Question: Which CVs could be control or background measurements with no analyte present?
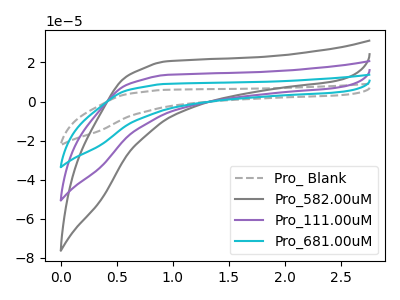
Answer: <think>The gray dashed curve "Pro_ Blank" has no peaks. The gray curve "Pro_582.00uM" has no peaks. The purple curve "Pro_111.00uM" has no peaks. The cyan curve "Pro_681.00uM" has no peaks.</think>
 <answer>"Pro_ Blank", "Pro_582.00uM", "Pro_111.00uM" and "Pro_681.00uM" are likely to be blanks.</answer>
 <eval>"Pro_ Blank", "Pro_582.00uM", "Pro_111.00uM", "Pro_681.00uM"</eval>